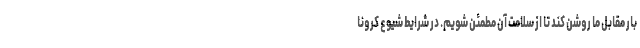
بار مقابل ما روشن کند تا از سلامت آن مطمئن شویم. در شرایط شیوع کرونا